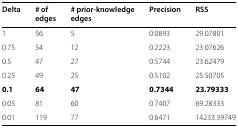
| Delta | # of | # prior-knowledge | Precision | RSS |
 |  | edges | edges |  |  |
 | --- | --- | --- | --- | --- |
 | 1 | 56 | 5 | 0.0893 | 29.07801 |
 | 0.75 | 54 | 12 | 0.2223 | 23.07626 |
 | 0.5 | 47 | 27 | 0.5744 | 23.62479 |
 | 0.25 | 49 | 25 | 0.5102 | 25.50705 |
 | 0.1 | 64 | 47 | 0.7344 | 23.79333 |
 | 0.05 | 81 | 60 | 0.7407 | 69.28333 |
 | 0.01 | 119 | 77 | 0.6471 | 14233.39749 |